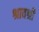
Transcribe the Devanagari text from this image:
श्रावश्री